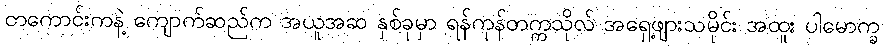
တကောင်းကနဲ့ ကျောက်ဆည်က အယူအဆ နှစ်ခုမှာ ရန်ကုန်တက္ကသိုလ် အရှေ့ဖျားသမိုင်း အထူး ပါမောက္ခ